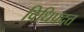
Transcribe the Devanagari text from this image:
विधिप्रदत्त